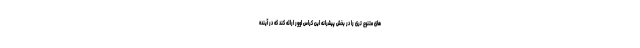
های متنوع تری را در بخش پیشرانه این کراس اوور ارائه کند که در آینده